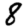
Digit: 8